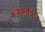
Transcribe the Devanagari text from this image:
१३७५६५५